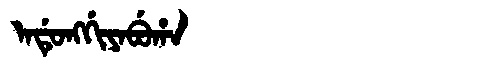
Manchu: ᠠᡩᡠᠩᡤᡳᠶᠠᠪᡠᡥᠠ
Romanization: ADUNGGIYABUHA